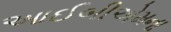
આઈબીએમના